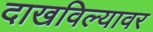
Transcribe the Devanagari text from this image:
दाखविल्यावर